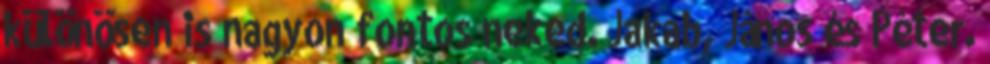
különösen is nagyon fontos neked. Jakab, János és Péter.